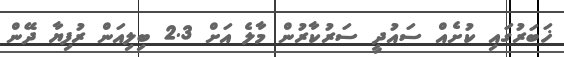
ޚަބަރުގައި ކުށެއް ސައުދީ ސަރުކާރުން މާލެ އަށް 2.3 ބިލިއަން ރުފިޔާ ދޭން